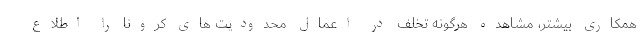
همکاری بیشتر، مشاهده هرگونه تخلف در اعمال محدودیت های کرونا را اطلاع